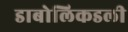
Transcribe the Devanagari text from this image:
डाबोलिकडली